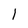
Character: 1